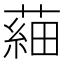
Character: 𦹀